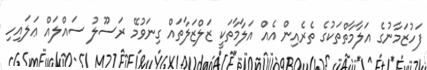
ފަހުޒަމާނުގެ އަލާމާތްތަކުގެ ތެރެއިން އެއް އަލާމާތަކީ ޒަލްޒަލާތައް ގިނަވުމޭ ރަސޫލު ސައްލައް ޢަލައިހި